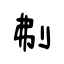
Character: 刜